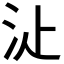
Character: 𣲓